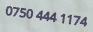
0750 444 1174